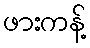
ဖားကန့်